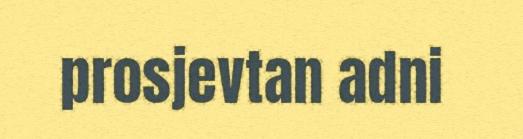
prosjevtan adni